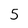
Character: 5